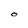
Character: O